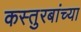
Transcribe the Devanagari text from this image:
कस्तुरबांच्या